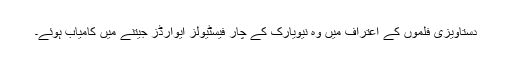
دستاویزی فلموں کے اعتراف میں وہ نیویارک کے چار فیسٹیولز ایوارڈز جیتنے میں کامیاب ہوئے۔